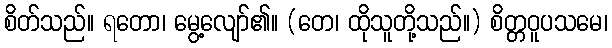
စိတ်သည်။ ရတော၊ မွေ့လျော်၏။ (တေ၊ ထိုသူတို့သည်။) စိတ္တဝူပသမေ၊